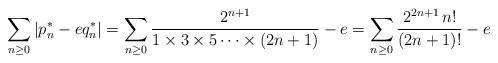
LaTeX: \begin{align*}\sum_{n \geq 0} |p_n^* - e q_n^*| = \sum_{n \geq 0} \frac{2^{n+1}}{1 \times 3 \times 5 \cdots \times (2n+1)} - e= \sum_{n \geq 0} \frac{2^{2n+1} \, n!}{(2n+1)!} - e\end{align*}